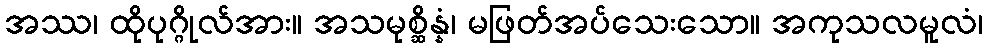
အဿ၊ ထိုပုဂ္ဂိုလ်အား။ အသမုစ္ဆိန္နံ၊ မဖြတ်အပ်သေးသော။ အကုသလမူလံ၊